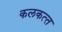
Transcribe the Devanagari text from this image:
कलकत्‍त